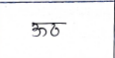
मजकूर: ऊठ